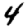
Digit: 4